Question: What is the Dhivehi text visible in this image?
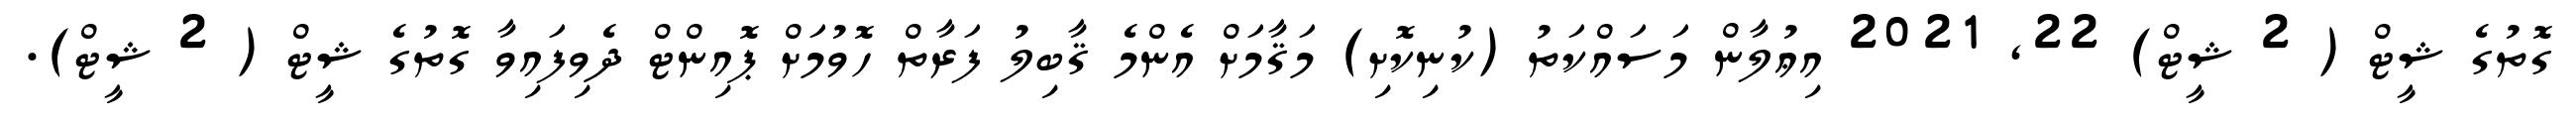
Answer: ގޮތުގެ ޝީޓް ( 2 ޝީޓް) 22, 2021 އިޢުލާން މަސައްކަތު (ކުނިކޮށި) މަޤާމަށް އެންމެ ޤާބިލު ފަރާތް ހޮވުމަށް ޕޮއިންޓް ދެވިފައިވާ ގޮތުގެ ޝީޓް ( 2 ޝީޓް).